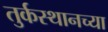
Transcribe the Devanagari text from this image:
तुर्कस्थानच्या